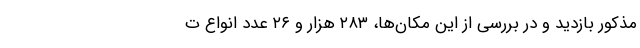
مذکور بازدید و در بررسی از این مکان‌ها، ۲۸۳ هزار و ۲۶ عدد انواع ت